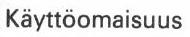
Käyttöomaisuus